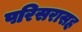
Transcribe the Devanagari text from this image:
परिसरासह